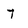
Character: T